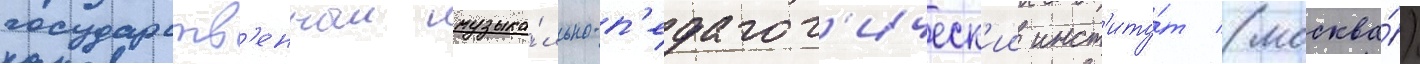
государств'енныи музыка́льно-п'едагог'ическ'ии инст'иту́т (москва́)